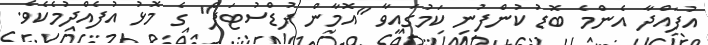
އުފައްދާ އެންމެ ބޮޑު ކުންފުނި ކަމުގައިވާ "އޮމާން ފުޑްސުޓަފް" ގެ މޮޅު އުފެއްދުމެކެވެ.